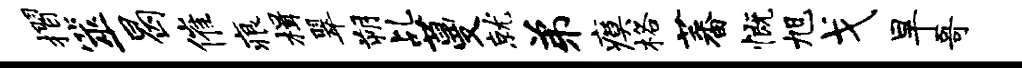
摺筮曷催痕楫翠朔乩蔓就弟瘼格蕃慨旭戈旱哥